Distribution and causation of leprosy in British India
Year: 1875
Disease focus: Leprosy
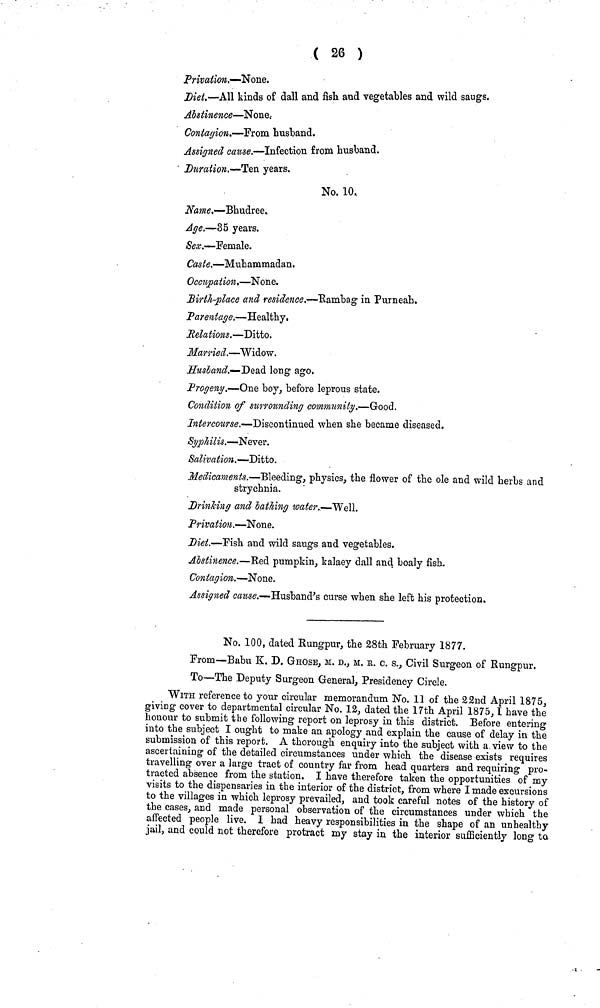
( 26 )
Privation.—None.
Diet.—All kinds of dall and fish and vegetables and wild saugs.
Abstinence—None.
Contagion.—From husband.
Assigned cause.—Infection from husband.
Duration.—Ten years.
No. 10.
Name.-— Bhudree.
Age.—35 years.
Sex.—Female.
Caste.—Muhammadan.
Occupation.—None.
Birth-place and residence.—Rambag in Purneah.
Parentage.—Healthy.
Relations.—Ditto.
Married.—Widow.
Husband.—Dead long ago.
Progeny.—One boy, before leprous state.
Condition of surrounding community.—Good.
Intercourse.—Discontinued when she became diseased.
Syphilis.—Never.
Salivation.—Ditto.
Medicaments.—Bleeding, physics, the flower of the ole and wild herbs and
strychnia.
Drinking and bathing water.—Well.
Privation.—None.
Diet.—Fish and wild saugs and vegetables.
Abstinence.—Red pumpkin, kalaey dall and boaly fish.
Contagion.—None.
Assigned cause.—Husbanc's curse when she left his protection.
No. 100, dated Rungpur, the 28th February 1877.
From—Babu K. D. GHOSE, M. D., M. R. c. s., Civil Surgeon of Rungpur.
To—The Deputy Surgeon General, Presidency Circle.
WITH reference to your circular memorandum No. 11 of the 22nd April 1875,
giving cover to departmental circular No. 12, dated the 17th April 1875,I have the
honour to submit the following report on leprosy in this district. Before entering
into the subject I ought to make an apology and explain the cause of delay in the
submission of this report. A thorough enquiry into the subject with a. view to the
ascertaining of the detailed circumstances under which the disease exists requires
travelling over a large tract of country far from head quarters and requiring pro-
tracted absence from the station. I have therefore taken the opportunities of my
visits to the dispensaries in the interior of the district, from where I made excursions
to the villages in which leprosy prevailed, and took careful notes of the history of
the cases, and made personal observation of the circumstances under which the
affected people live. I had heavy responsibilities in the shape of an unhealthy
jail, and could not therefore protract my stay in the interior sufficiently long to